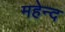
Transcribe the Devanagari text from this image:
महेन्द